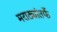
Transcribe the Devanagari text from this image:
मराठ्यांतर्फे